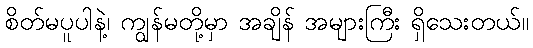
စိတ်မပူပါနဲ့၊ ကျွန်မတို့မှာ အချိန် အများကြီး ရှိသေးတယ်။